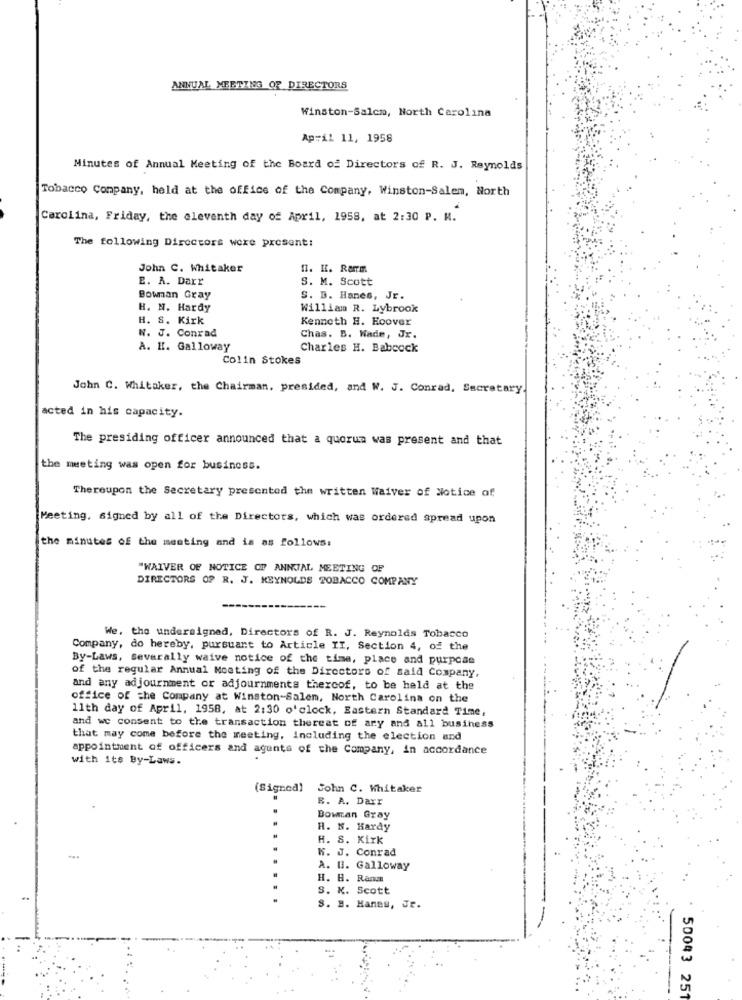
ANNUAL MEETING OF DIRECTORS
Winston-Salem, North Carolina
April 11, 1958
Minutes of Annual Meeting of the Board of Directors of R. J. Reynolds
Tobacco Company, held at the office of the Company, Winston-Salem, North
Carolina, Friday, the eleventh day of April, 1958, at 2:30 P. M.
The following Directors were present:
John C. Whitaker
I. H. Ram
E. A. Darr
S. M. Scott
Bowman Gray
S. D. Hanes, Jr.
H. N. Hardy
William R. Lybrook
H. S. Kirk
Kenneth H. Hoover
N. J. Conrad
Chas. B. Wade, Jr.
A. H. Galloway
Charles H. Babcock
Colin Stokes
John C. Whitaker, the Chairman, presided, and W. J. Conrad, Secretary.
acted in his capacity.
The presiding officer announced that a quorum was present and that
the meeting was open for business.
Thereupon the Secretary presented the written Waiver of Notice of
Meeting, signed by all of the Directors, which was ordered spread upon
the minutes of the meeting and is as follows:
"WAIVER OF NOTICE OF ANNUAL MEETING OF
DIRECTORS OF R. J. REYNOLDS TOBACCO COMPANY
We, the undersigned, Directors of R. J. Reynolds Tobacco
Company, do hereby, pursuant to Article II, Section 4, of the
By-Laws, severally waive notice of the time, place and purpose
of the regular Annual Moeting of the Directors of said Company.
and any adjournment or adjournments theroof, to be held at the
office of the Company at Winston-Salem, North Carolina on the
11th day of April, 1958, at 2:30 o'clock, Eastern Standard Time,
and we consent to the transaction therest of ary and all business
that may come before the meeting, including the election and
appointment of officers and agents of the Company, in accordance
with its By-Laws.
(Signed)
John C. Whitaker
R. A. Darr
Bowman Gray
H. N. Hardy
H. S. Kirk
W. J. Conrad
A. U. Galloway
H. B. Rana
S. K. Scott
S. H. Haneu, Jr.
50043 25